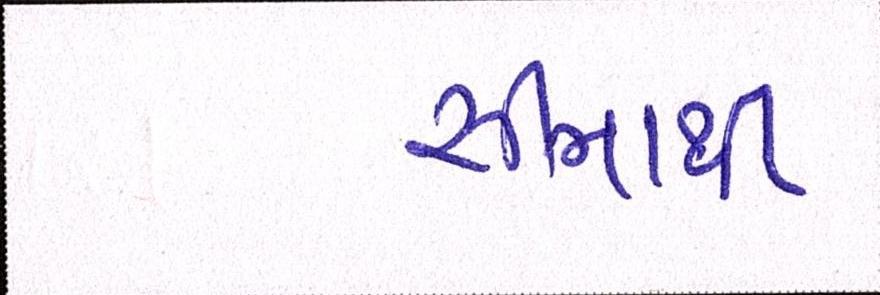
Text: સીમાથી